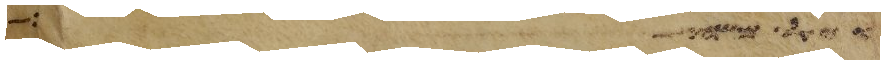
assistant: ויאל משה